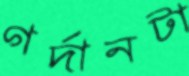
গর্দানটা